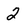
Character: 2